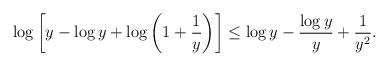
LaTeX: \begin{align*}\log \left[y - \log y + \log\left( 1 + \frac{1}{y} \right) \right]\leq \log y - \frac{\log y}{y} + \frac{1}{y^2}.\end{align*}